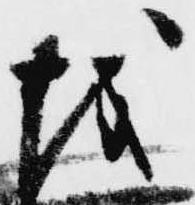
越